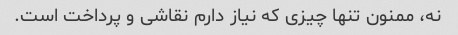
نه، ممنون تنها چیزی که نیاز دارم نقاشی و پرداخت است.